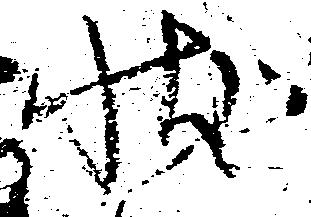
状